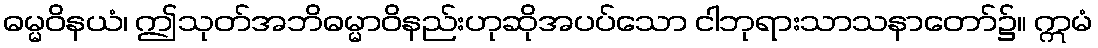
ဓမ္မဝိနယံ၊ ဤသုတ်အဘိဓမ္မာဝိနည်းဟုဆိုအပပ်သော ငါဘုရားသာသနာတော်၌။ ဣမံ